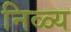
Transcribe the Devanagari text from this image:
निळ्य